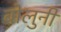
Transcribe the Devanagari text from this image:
बोलुनी